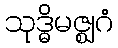
သုဒ္ဓိမဇ္ဈဂံ